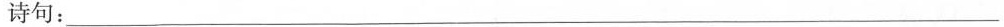
诗句：___